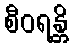
စီဝရန္တိ